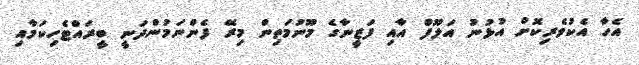
އެހާ އެކުވެރިކޮށް އުޅުނު އަލޫފް އާއި ފަޒީނާގެ މޫނުމަތިން މިރޭ ފެންނަމުންދަނީ ބީރައްޓެހިކަމާއި